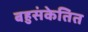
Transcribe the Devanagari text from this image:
बहुसंकेतित